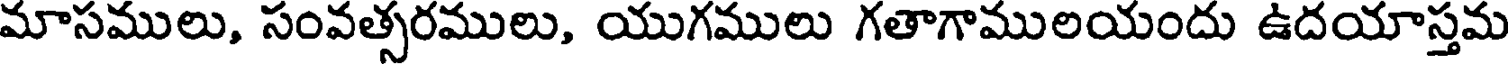
మాసములు, సంవత్సరములు, యుగములు గతాగాములయందు ఉదయాస్తమ